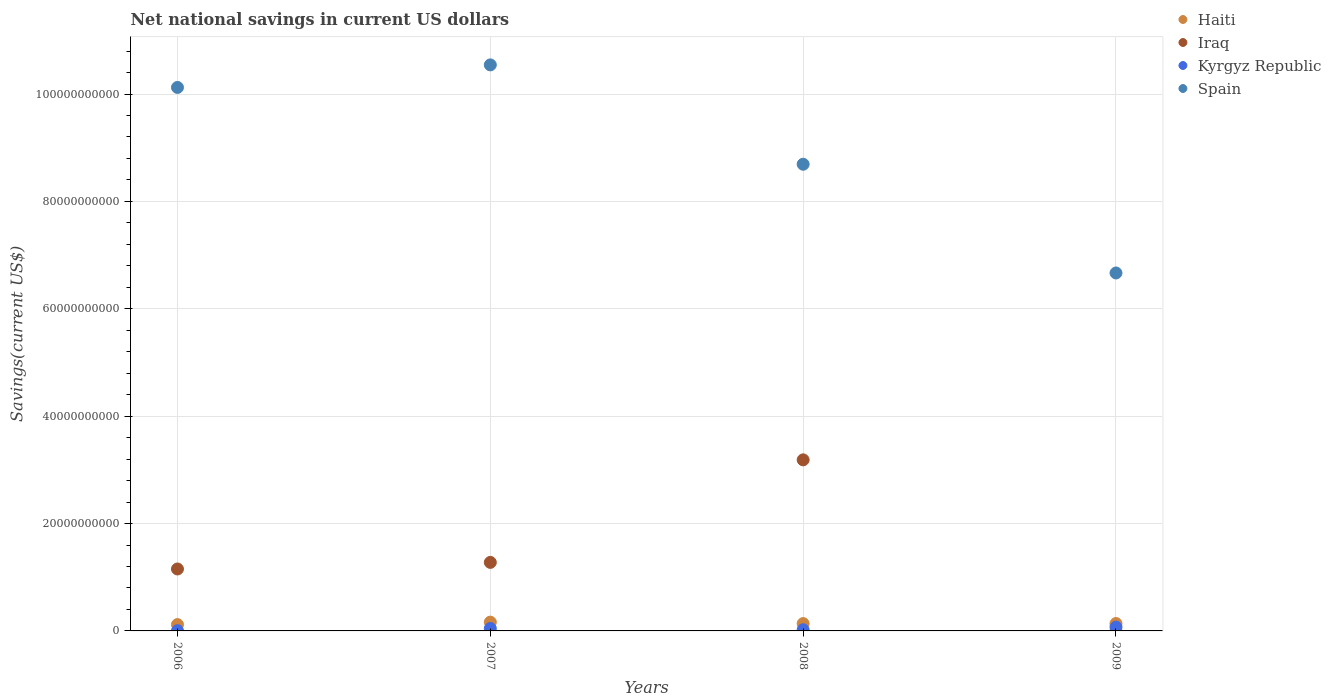
| Years | Haiti | Iraq | Kyrgyz Republic | Spain |
 | --- | --- | --- | --- | --- |
 | 2006 | 1.18e+09 | 1.15e+10 | 4.16e+07 | 1.01e+11 |
 | 2007 | 1.64e+09 | 1.28e+10 | 4.53e+08 | 1.05e+11 |
 | 2008 | 1.37e+09 | 3.19e+10 | 2.18e+08 | 8.69e+10 |
 | 2009 | 1.38e+09 | -4.56e+07 | 7.09e+08 | 6.67e+10 |